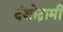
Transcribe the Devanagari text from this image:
दंशोद्गामी